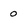
Character: 0